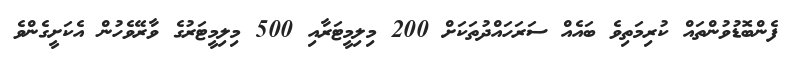
ފެންބޮޑުވުންތައް ކުރިމަތިވެ ބައެއް ސަރަހައްދުތަކަށް 200 މިލިމީޓަރާއި 500 މިލިމީޓަރުގެ ވާރޭވެހުން އެކަށީގެންވެ